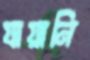
যায়ানি